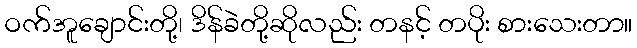
ဝက်အူချောင်းတို့၊ ဒိန်ခဲတို့ဆိုလည်း တနင့် တပိုး စားသေးတာ။